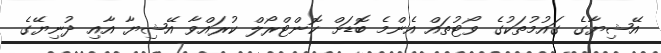
އޭޝިޔާގެ ގައުމުތަކުގެ ވޯޓުތައް އެންމެ ބޮޑަށް ކޮންޓްރޯލް ކުރައްވާ އޭޝިޔާ އާއި ދުނިޔޭގެ